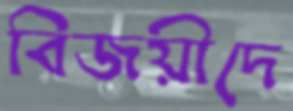
বিজয়ীদে